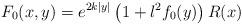
LaTeX: \begin{align*}F_0(x,y)=e^{2k|y|}\left(1 + l^2 f_0(y)\right)R(x)\end{align*}